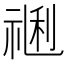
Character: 𥚥